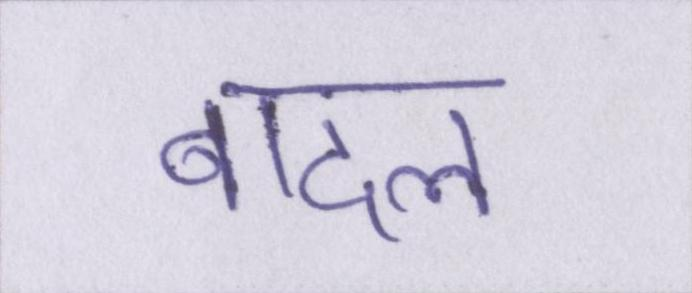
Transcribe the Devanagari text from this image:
बादल